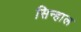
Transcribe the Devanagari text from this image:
सिन्हाल